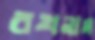
রথনাম